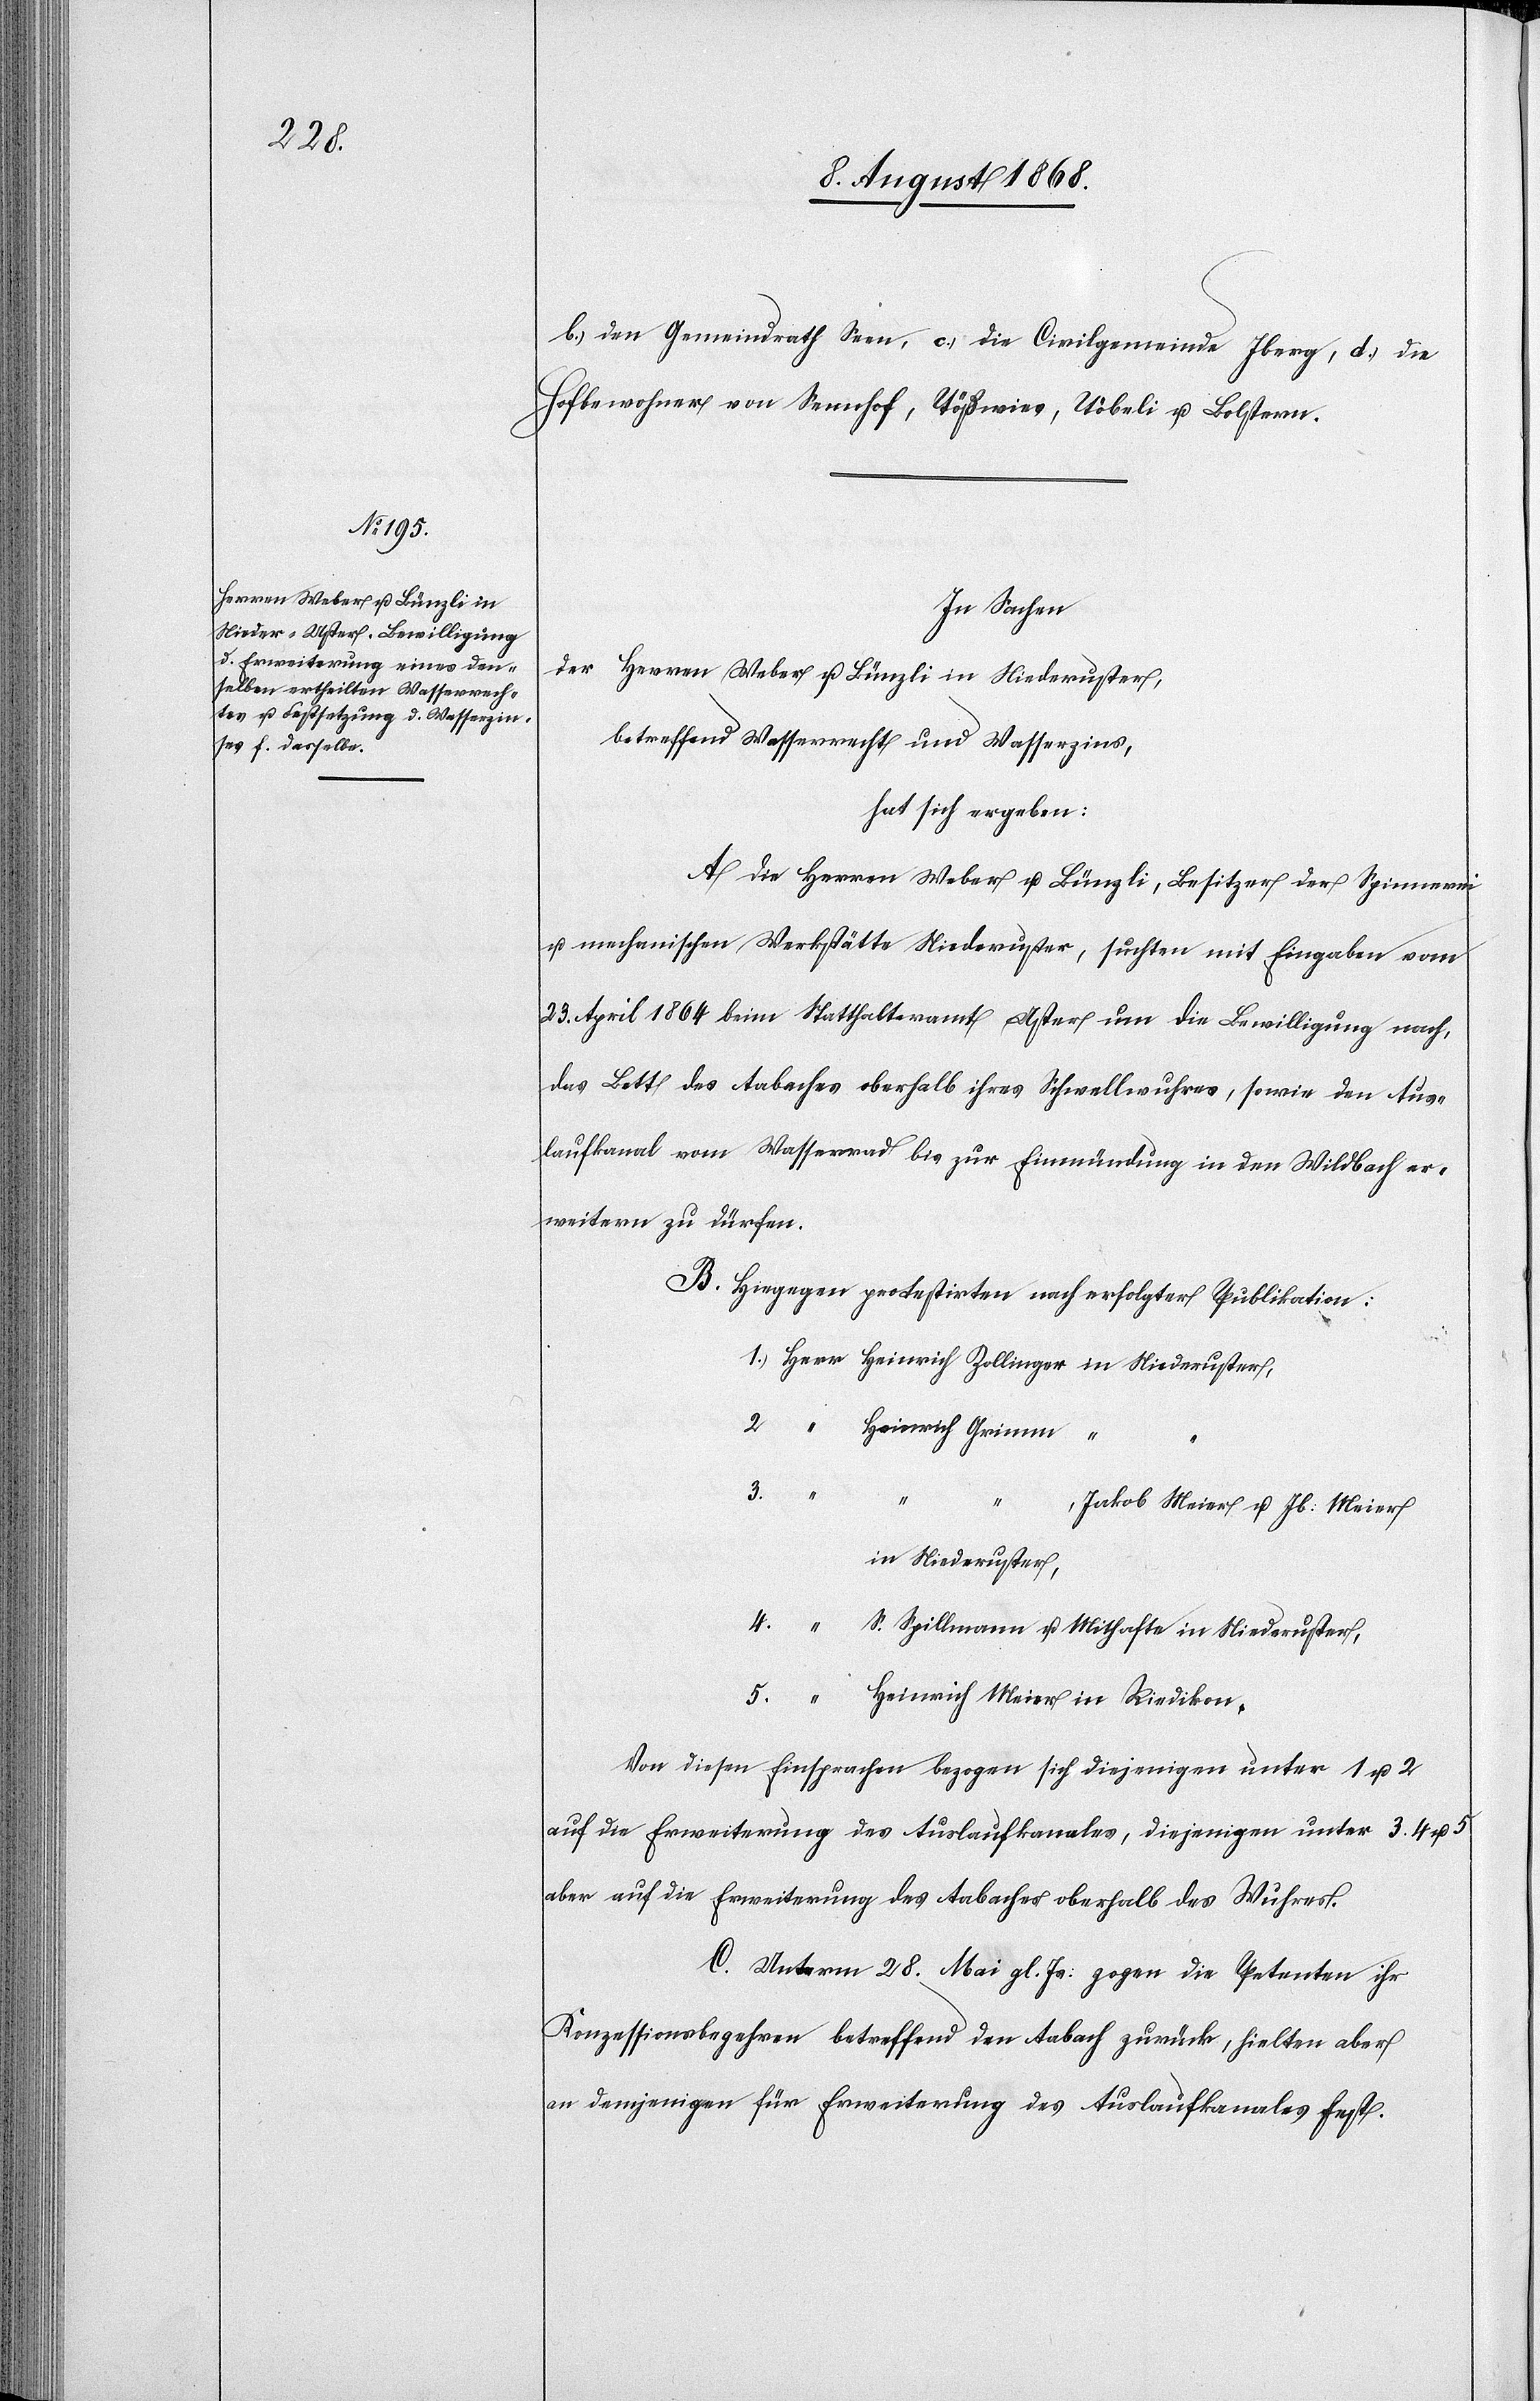
b.) den Gemeindrath Seen, c.) die Civilgemeinde Iberg, d.) die
Hofbewohner von Sennhof, Tößwies, Töbeli u. Bolstern.
In Sachen
der Herren Weber u. Bünzli in Niederuster,
betreffend Wasserrecht und Wasserzins,
hat sich ergeben:
A. Die Herren Weber u. Bünzli, Besitzer der Spinnerei
u. mechanischen Werkstätte Niederuster, suchten mit Eingaben vom
23. April 1864 beim Statthalteramt Uster um die Bewilligung nach,
das Bett des Aabaches oberhalb ihres Schwellwuhres, sowie den Aus¬
laufkanal vom Wasserrad bis zur Einmündung in den Wildbach er¬
weitern zu dürfen.
B. Hiegegen protestirten nach erfolgter Publikation:
1. Herr Heinrich Zollinger in Niederuster,
2. “ Heinrich Grimm “
3. “
“
Jakob Meier u. Jb: Meier
in Niederuster,
4. “ S. Spillmann u. Mithafte in Niederuster,
5. “ Heinrich Meier in Riedikon.
Von diesen Einsprachen bezogen sich diejenigen unter 1 u. 2
auf die Erweiterung des Auslaufkanales, diejenigen unter 3. 4 u. 5
aber auf die Erweiterung des Aabaches oberhalb des Wuhres.
C. Unterm 28. Mai gl. Js: zogen die Petenten ihr
Konzessionsbegehren betreffend den Aabach zurück, hielten aber
an demjenigen für Erweiterung des Auslaufkanales fest.